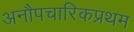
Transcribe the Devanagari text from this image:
अनौपचारिकप्रथम